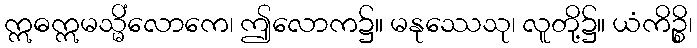
ဣဓဣမသ္မိံလောကေ၊ ဤလောက၌။ မနုဿေသု၊ လူတို့၌။ ယံကိဉ္စိ၊